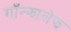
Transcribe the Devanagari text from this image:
गॉन्झालेझ